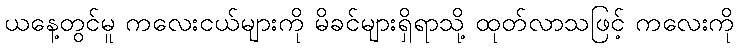
ယနေ့တွင်မူ ကလေးငယ်များကို မိခင်များရှိရာသို့ ထုတ်လာသဖြင့် ကလေးကို